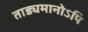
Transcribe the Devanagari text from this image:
ताड्यमानोऽपि